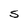
Character: S